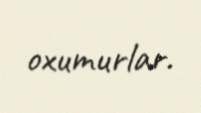
oxumurlar.